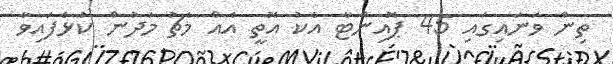
ތިން ވަނައިގައި 45 ޕޮއިންޓާ އެކު އޮތީ އެއް މެޗު މަދުން ކުޅެފައިވާ